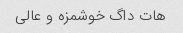
هات داگ خوشمزه و عالی